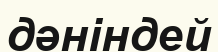
дәніндей